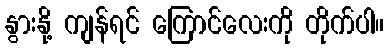
နွားနို့ ကျန်ရင် ကြောင်လေးကို တိုက်ပါ။